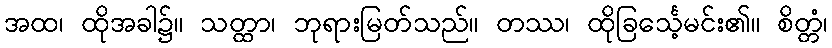
အထ၊ ထိုအခါ၌။ သတ္ထာ၊ ဘုရားမြတ်သည်။ တဿ၊ ထိုခြင်္သေ့မင်း၏။ စိတ္တံ၊